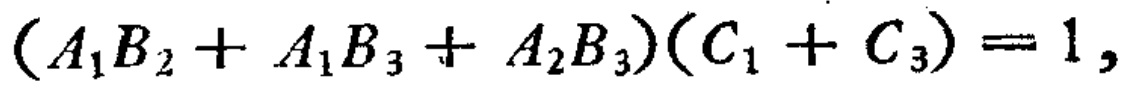
\((A_1B_2 + A_1B_3 + A_2B_3)(C_1 + C_3)=1,\)